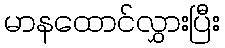
မာနထောင်လွှားပြီး